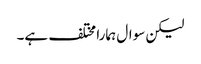
لیکن سوال ہمارا مختلف ہے۔